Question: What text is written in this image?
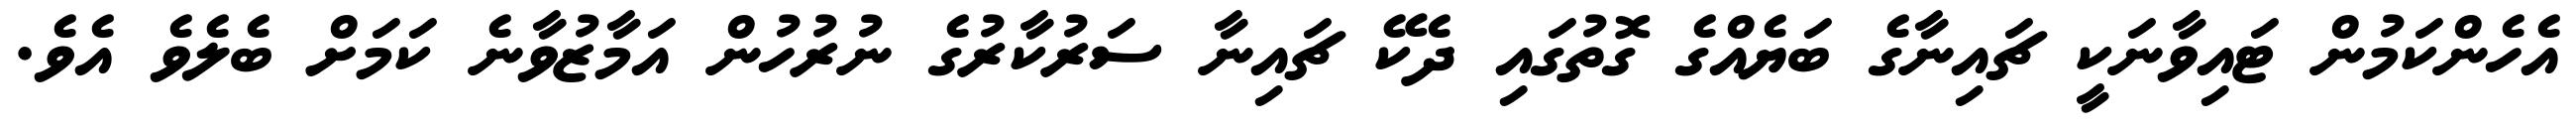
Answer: އެހެންކަމުން ޓައިވާނަކީ ޗައިނާގެ ބަޔެއްގެ ގޮތުގައި ދެކޭ ޗައިނާ ސަރުކާރުގެ ނުރުހުން އަމާޒުވާނެ ކަމަށް ބެލެވެ އެވެ.